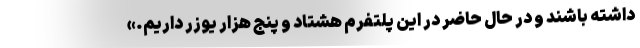
داشته باشند و در حال حاضر در این پلتفرم هشتاد و پنج هزار یوزر داریم.»